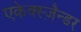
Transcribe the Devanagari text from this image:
एकेक्स्ज़ैन्डर